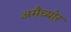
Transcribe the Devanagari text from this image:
अमैच्योर